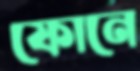
ফোনে